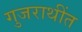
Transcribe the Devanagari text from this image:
गुजराथींत